Report of the Indian Hemp Drugs Commission, 1894-1895 - Volume VI
Year: 1894
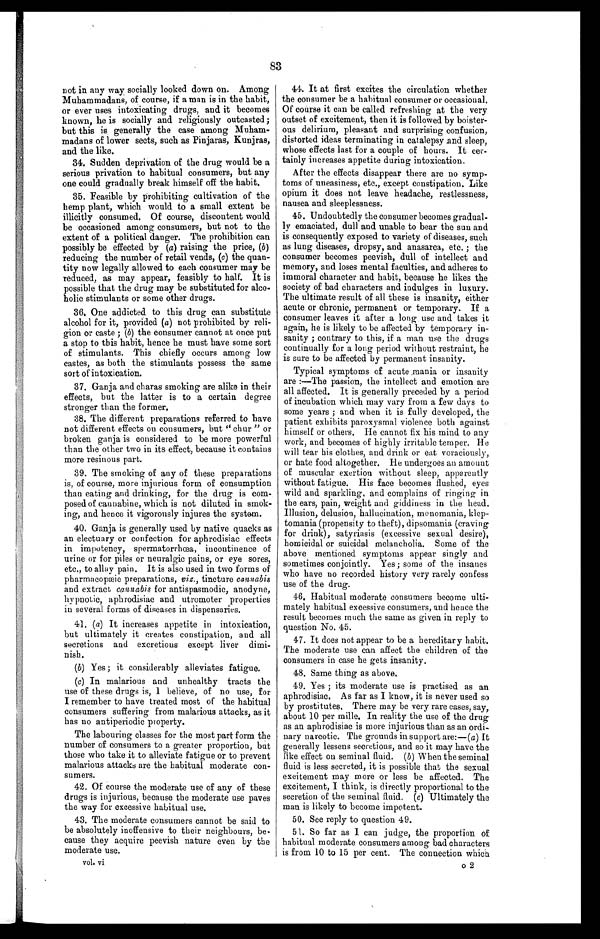
83
not in any way socially looked down on. Among
Muhammadans, of course, if a man is in the habit,
or ever uses intoxicating drugs, and it becomes
known, he is socially and religiously outcasted;
but this is. generally the case among Muham-
madans of lower sects, such as Pinjaras, Kunjras,
and the like.
34. Sudden deprivation of the drug would be a
serious privation to habitual consumers, but any
one could gradually break himself off the habit.
35. Feasible by prohibiting cultivation of the
hemp plant, which would to a small extent be
illicitly consumed. Of course, discontent would
be occasioned among consumers, but not to the
extent of a political danger. The prohibition can
possibly be effected by (a) raising the price, (b)
reducing the number of retail vends, (c) the quan-
tity now legally allowed to each consumer may be
reduced, as may appear, feasibly to half. It is
possible that the drug may be substituted for alco-
holic stimulants or some other drugs.
36. One addicted to this drug can substitute
alcohol for it, provided (a) not prohibited by reli-
gion or caste ; (b) the consumer cannot at once put
a stop to this habit, hence he must have some sort
of stimulants. This chiefly occurs among low
castes, as both the stimulants possess the same
sort of intoxication.
37. Ganja and charas smoking are alike in their
effects, but the latter is to a certain degree
stronger than the former.
38. The different preparations referred to have
not different effects on consumers, but " chur " or
broken ganja is considered to be more powerful
than the other two in its effect, because it contains
more resinous part.
39. The smoking of any of these preparations
is, of course, more injurious form of consumption
than eating and drinking, for the drug is com-
posed of cannabine, which is not diluted in smok-
ing, and hence it vigorously injures the system.
40. Ganja is generally used by native quacks as
an electuary or confection for aphrodisiac effects
in impotency, spermatorrhœa, incontinence of
urine or for piles or neuralgic pains, or eye sores,
etc., to allay pain. It is also used in two forms of
pharmacopæic preparations, viz., tincture cannabis
and extract cannabis for antispasmodic, anodyne,
hypnotic, aphrodisiac and utromoter properties
in several forms of diseases in dispensaries.
41. (a) It increases appetite in intoxication,
but ultimately it creates constipation, and all
secretions and excretions except liver dimi-
nish.
(b) Yes ; it considerably alleviates fatigue.
(c) In malarious and unhealthy tracts the
use of these drugs is, I believe, of no use, for
I remember to have treated most of the habitual
consumers suffering from malarious attacks, as it
has no antiperiodic property.
The labouring classes for the most part form the
number of consumers to a greater proportion, but
those who take it to alleviate fatigue or to prevent
malarious attacks are the habitual moderate con-
sumers.
42. Of course the moderate use of any of these
drugs is injurious, because the moderate use paves
the way for excessive habitual use.
43. The moderate consumers cannot be said to
be absolutely inoffensive to their neighbours, be-
cause they acquire peevish nature even by the
moderate use.
vol. vi
44. It at first excites the circulation whether
the consumer be a habitual consumer or occasional.
Of course it can be called refreshing at the very
outset of excitement, then it is followed by boister-
ous delirium, pleasant and surprising confusion,
distorted ideas terminating in catalepsy and sleep,
whose effects last for a couple of hours. It cer -
tainly increases appetite during intoxication.
After the effects disappear there are no symp-
toms of uneasiness, etc., except constipation. Like
opium it does not leave headache, restlessness,
nausea and sleeplessness.
45. Undoubtedly the consumer becomes gradual-
ly emaciated, dull and unable to bear the sun and
is consequently exposed to variety of diseases, such
as lung diseases, dropsy, and anasarca, etc. ; the
consumer becomes peevish, dull of intellect and
memory, and loses mental faculties, and adheres to
immoral character and habit, because he likes the
society of bad characters and indulges in luxury.
The ultimate result of all these is insanity, either
acute or chronic, permanent or temporary. If a
consumer leaves it after a long use and takes it
again, he is likely to be affected by temporary in-
sanity ; contrary to this, if a man use the drugs
continually for a long period without restraint, he
is sure to be affected by permanent insanity.
Typical symptoms of acute mania or insanity
are :—The passion, the intellect and emotion are
all affected. It is generally preceded by a period
of incubation which may vary from a few days to
some years ; and when it is fully developed, the
patient exhibits paroxysmal violence both against
himself or others. He cannot fix his mind to any
work, and becomes of highly irritable temper, He
will tear his clothes, and drink or eat voraciously,
or hate food altogether. He undergoes an amount
of muscular exertion without sleep, apparently
without fatigue. His face becomes flushed, eyes
wild and sparkling, and complains of ringing in
the ears, pain, weight and giddiness in the head.
Illusion, delusion, hallucination, monomania, klep-
tomania (propensity to theft), dipsomania (craving
for drink), satyriasis (excessive sexual desire),
homicidal or suicidal melancholia. Some of the
above mentioned symptoms appear singly and
sometimes conjointly. Yes ; some of the insanes
who have no recorded history very rarely confess
use of the drug.
46. Habitual moderate consumers become ulti-
mately habitual excessive consumers, and hence the
result becomes much the same as given in reply to
question No. 45.
47. It does not appear to be a hereditary habit.
The moderate use can affect the children of the
consumers in case he gets insanity.
48. Same thing as above.
49. Yes ; its moderate use is practised as an
aphrodisiac. As far as I know, it is never used so
by prostitutes. There may be very rare cases, say,
about 10 per mi l l e. In real i t y t he use of t he drug
as an aphrodisiac is more injurious than as an ordi-
nary narcotic. The grounds in support are:—( a ) It
generally lessens secretions, and so it may have the
like effect on seminal fluid. (b) When the seminal
fluid is less secreted, it is possible that the sexual
excitement may more or less be affected. The
excitement, I think, is directly proportional to the
secretion of the seminal fluid. (c) Ultimately the
man is likely to become impotent.
50. See reply to question 49.
51. So far as I can judge, the proportion of
habitual moderate consumers among bad characters
is from 10 to 15 per cent. The connection which
2